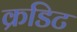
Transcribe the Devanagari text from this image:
क्रडिट